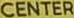
CENTER